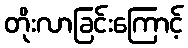
တိုးလာခြင်းကြောင့်